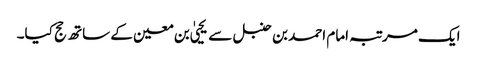
ایک مرتبہ امام احمد بن حنبل سے یحییٰ بن معین کے ساتھ حج کیا۔